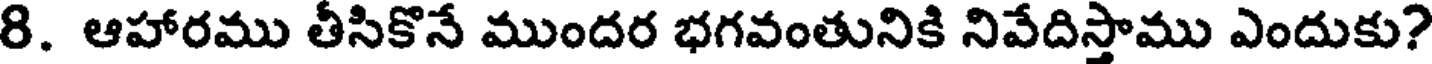
8. ఆహారము తీసికొనే ముందర భగవంతునికి నివేదిస్తాము ఎందుకు?